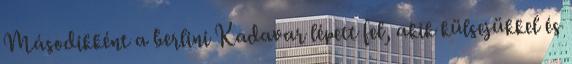
Másodikként a berlini Kadavar lépett fel, akik külsejükkel és